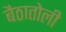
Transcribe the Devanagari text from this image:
बैठातोली